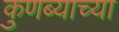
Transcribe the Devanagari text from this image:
कुणब्याच्या